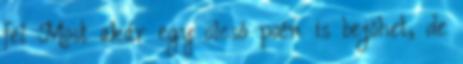
fel Most akár egy olcsó poén is bejöhet, de